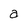
Character: a